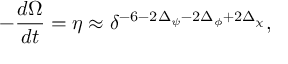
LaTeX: - \frac { d \Omega } { d t } = \eta \approx \delta ^ { - 6 - 2 \Delta _ { \psi } - 2 \Delta _ { \phi } + 2 \Delta _ { \chi } } ,